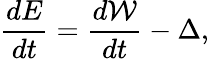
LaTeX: \frac{dE}{dt}=\frac{d\mathcal{W}}{dt}-\Delta,